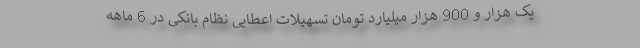
یک هزار و 900 هزار میلیارد تومان تسهیلات اعطایی نظام بانکی در 6 ماهه